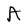
Character: A